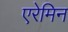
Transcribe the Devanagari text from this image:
एरेमिन